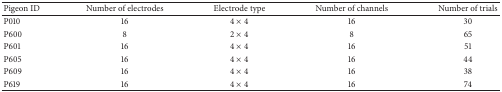
<table><thead><tr><td><b>Pigeon ID</b></td><td><b>Number of electrodes</b></td><td><b>Electrode type</b></td><td><b>Number of channels</b></td><td><b>Number of trials</b></td></tr></thead><tbody><tr><td>P010</td><td>16</td><td>4 × 4</td><td>16</td><td>30</td></tr><tr><td>P600</td><td>8</td><td>2 × 4</td><td>8</td><td>65</td></tr><tr><td>P601</td><td>16</td><td>4 × 4</td><td>16</td><td>51</td></tr><tr><td>P605</td><td>16</td><td>4 × 4</td><td>16</td><td>44</td></tr><tr><td>P609</td><td>16</td><td>4 × 4</td><td>16</td><td>38</td></tr><tr><td>P619</td><td>16</td><td>4 × 4</td><td>16</td><td>74</td></tr></tbody></table>